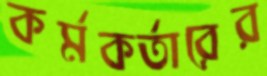
কর্মকর্তারের